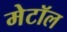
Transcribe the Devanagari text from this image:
मेटॉल